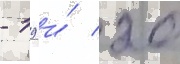
- 19 и́ 20